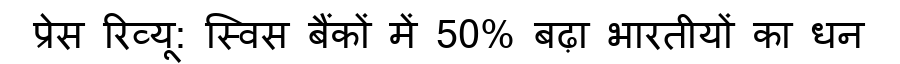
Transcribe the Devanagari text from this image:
प्रेस रिव्यू: स्विस बैंकों में 50% बढ़ा भारतीयों का धन